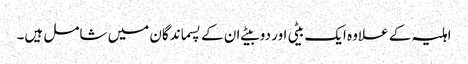
اہلیہ کے علاوہ ایک بیٹی اور دو بیٹے ان کے پسماندگان میں شامل ہیں۔